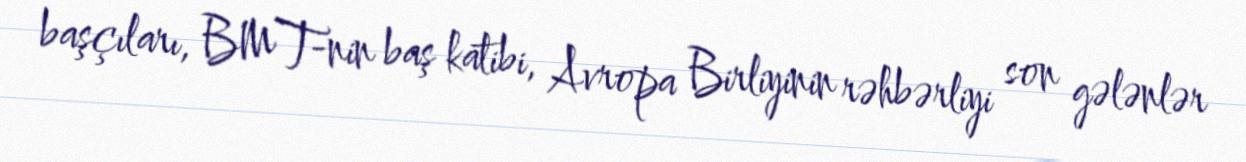
başçıları, BMT-nin baş katibi, Avropa Birliyinin rəhbərliyi son gələnlər